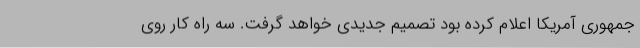
جمهوری آمریکا اعلام کرده بود تصمیم جدیدی خواهد گرفت. سه راه کار روی